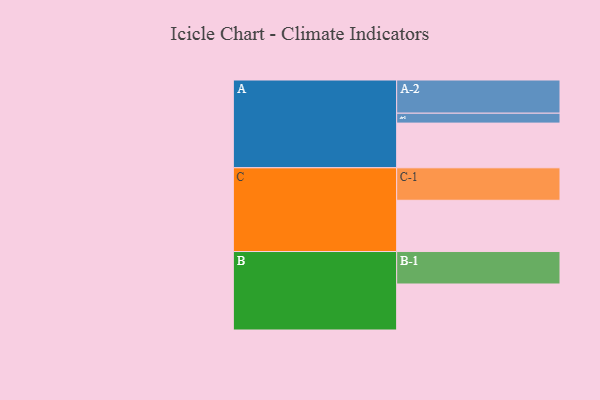
{"axis": {"x": "Segment", "y": "Value"}, "legend": ["", "A", "B", "C"], "data": [{"x": "A", "y": 307, "type": ""}, {"x": "B", "y": 316, "type": ""}, {"x": "C", "y": 352, "type": ""}, {"x": "A-1", "y": 68, "type": "A"}, {"x": "A-2", "y": 228, "type": "A"}, {"x": "B-1", "y": 223, "type": "B"}, {"x": "C-1", "y": 223, "type": "C"}]}